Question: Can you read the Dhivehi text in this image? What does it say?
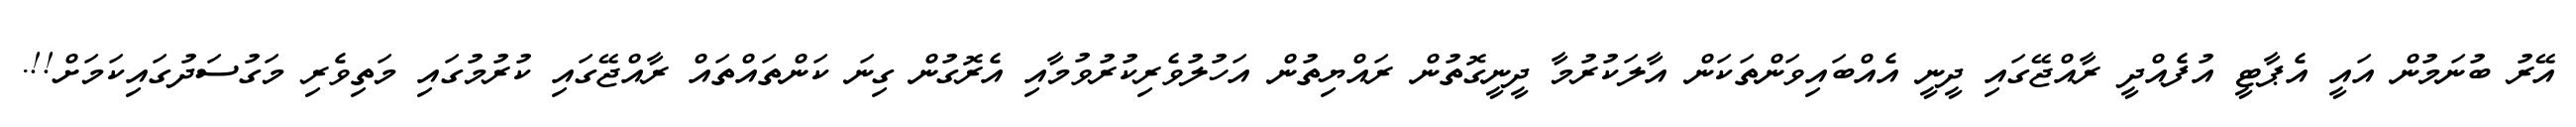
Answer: އޭރު ބުނަމުން އައީ އެޕާޓީ އުފެއްދީ ރާއްޖޭގައި ދީނީ އެއްބައިވަންތަކަން އާލަކުރުމާ ދީނީގޮތުން ރައްޔިތުން އަހުލުވެރިކުރުވުމާއި އެރޮގުން ގިނަ ކަންތައްތައް ރާއްޖޭގައި ކުރުމުގައި މަތިވެރި މަގުސަދުގައިކަމަށް!!.